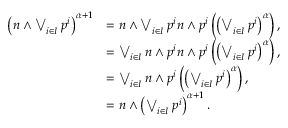
\begin{array} { r l } { \left( n \land \bigvee _ { i \in I } p ^ { i } \right) ^ { \alpha + 1 } } & { = n \land \bigvee _ { i \in I } p ^ { i } n \land p ^ { i } \left( \left( \bigvee _ { i \in I } p ^ { i } \right) ^ { \alpha } \right) , } \\ & { = \bigvee _ { i \in I } n \land p ^ { i } n \land p ^ { i } \left( \left( \bigvee _ { i \in I } p ^ { i } \right) ^ { \alpha } \right) , } \\ & { = \bigvee _ { i \in I } n \land p ^ { i } \left( \left( \bigvee _ { i \in I } p ^ { i } \right) ^ { \alpha } \right) , } \\ & { = n \land \left( \bigvee _ { i \in I } p ^ { i } \right) ^ { \alpha + 1 } . } \end{array}